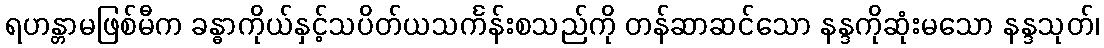
ရဟန္တာမဖြစ်မီက ခန္ဓာကိုယ်နှင့်သပိတ်ယသင်္ကန်းစသည်ကို တန်ဆာဆင်သော နန္ဒကိုဆုံးမသော နန္ဒသုတ်၊